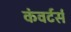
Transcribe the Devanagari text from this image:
कंवर्टर्स